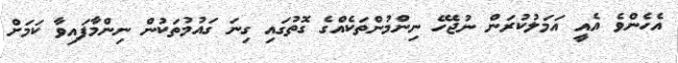
އެހެންވެ އެއީ އަމަލުކުރަން ނުޖެހޭ ނިންމުންތަކެއްގެ ގޮތުގައި ގިނަ ގައުމުތަކުން ނިންމާފައިވާ ކަަމަށް